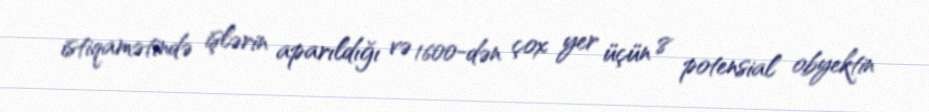
istiqamətində işlərin aparıldığı və 1600-dən çox yer üçün 8 potensial obyektin